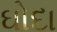
ઘોદા